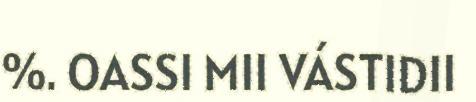
%. OASSI MII VÁSTIDII